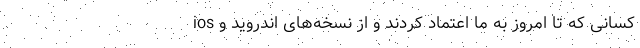
کسانی که تا ‌امروز به ما اعتماد کردند و از نسخه‌های اندروید و ios